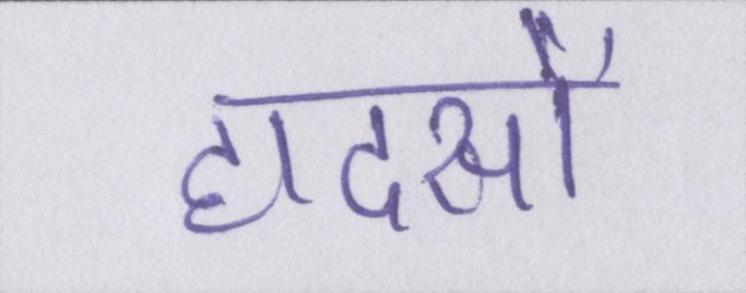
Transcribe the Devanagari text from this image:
हादसों